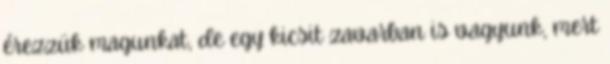
érezzük magunkat, de egy kicsit zavarban is vagyunk, mert